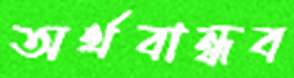
অর্থবান্ধব